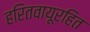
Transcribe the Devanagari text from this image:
हरितवायूरहित